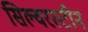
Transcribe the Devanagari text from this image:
सिल्वरस्टीन